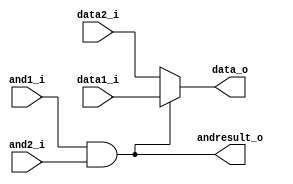
module MUX1
(
	and1_i,
	and2_i,
	data1_i,
	data2_i,
	data_o,
	andresult_o
);

input			and1_i, and2_i;
input	[31:0]	data1_i,data2_i;
output	[31:0]	data_o;
output			andresult_o;

assign andresult_o = and1_i & and2_i;
assign data_o = (andresult_o == 1)? (data1_i):
				data2_i;

endmodule